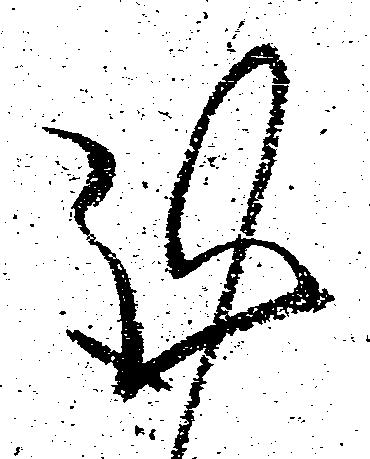
謹